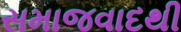
સમાજવાદથી